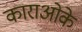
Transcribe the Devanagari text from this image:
काराओके